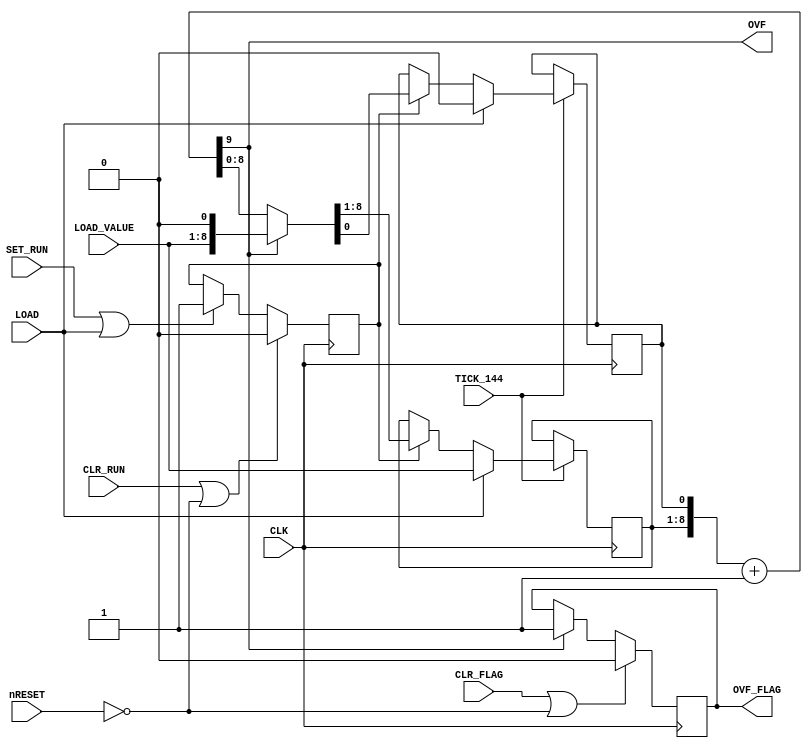
module ym_timer #(parameter cnt_width = 8, mult_width = 1) (
	input	CLK,
	input TICK_144,
	input	nRESET,
	input	[cnt_width-1:0] LOAD_VALUE,
	input	LOAD,
	input	CLR_FLAG,
	input	SET_RUN,
	input	CLR_RUN,
	output reg OVF_FLAG,
	output reg OVF
);

	reg RUN;
	reg [mult_width-1:0] MULT;
	reg [cnt_width-1:0] CNT;
	reg [mult_width+cnt_width-1:0] NEXT, INIT;
		
	always @(posedge CLK)
	begin
		if (CLR_RUN || !nRESET)
			RUN <= 0;
		else if (SET_RUN || LOAD)
			RUN <= 1;
		
		if (CLR_FLAG || !nRESET)
			OVF_FLAG <= 0;
		else if (OVF)
			OVF_FLAG <= 1;
	
		if (TICK_144)
		begin
			if (LOAD)
			begin
			  MULT <= { (mult_width){1'b0} };
			  CNT <= LOAD_VALUE;
			end
			else if (RUN)
			  { CNT, MULT } <= OVF ? INIT : NEXT;
		end
	end

	always @(*)
	begin
		{ OVF, NEXT } <= { 1'b0, CNT, MULT } + 1'b1;
		INIT <= { LOAD_VALUE, { (mult_width){1'b0} } };
	end

endmodule